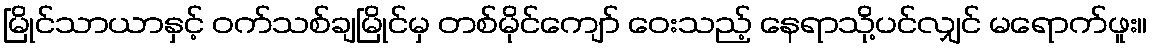
မြိုင်သာယာနှင့် ဝက်သစ်ချမြိုင်မှ တစ်မိုင်ကျော် ဝေးသည့် နေရာသို့ပင်လျှင် မရောက်ဖူး။